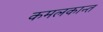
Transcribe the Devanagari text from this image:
कमलकान्त